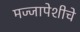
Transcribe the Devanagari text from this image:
मज्जापेशीचे